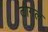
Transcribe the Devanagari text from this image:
टोगल